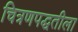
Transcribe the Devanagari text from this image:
चित्रणपद्धतीला